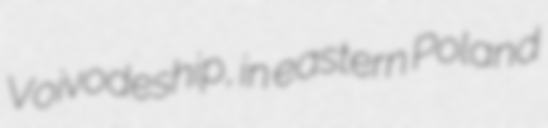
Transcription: Voivodeship, in eastern Poland